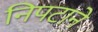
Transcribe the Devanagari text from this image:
निपटाने